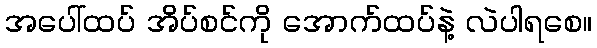
အပေါ်ထပ် အိပ်စင်ကို အောက်ထပ်နဲ့ လဲပါရစေ။